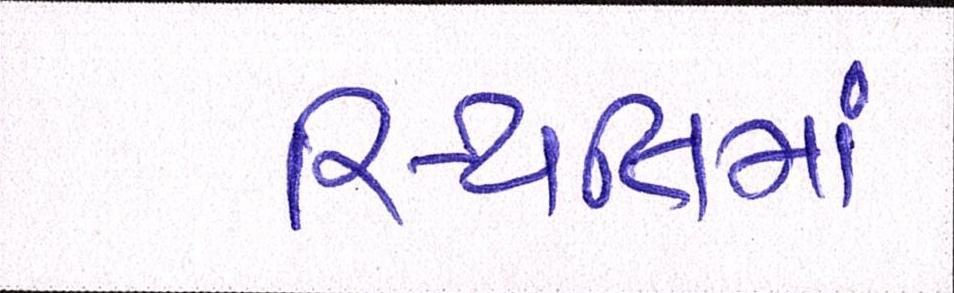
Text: સ્થિતિમાં